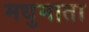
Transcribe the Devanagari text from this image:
मधुमाता